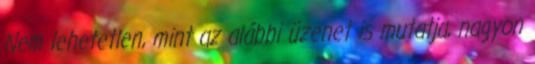
Nem lehetetlen, mint az alábbi üzenet is mutatja, nagyon